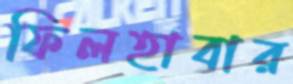
ফিলহাবার